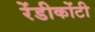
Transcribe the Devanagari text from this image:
रेंडीकोंटी